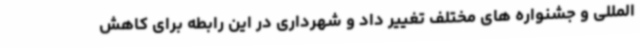
المللی و جشنواره های مختلف تغییر داد و شهرداری در این رابطه برای کاهش